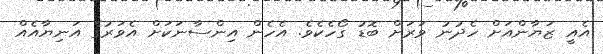
އެއީ ޒަޔާންއަށް ހެދުނު ވަރަށް ބޮޑު ގޯހެކެވެ. އެހެން އިންސާނަކަށް އެވަރުގެ އަނިޔާއެއް